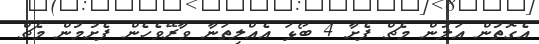
އެގޮތުން އަލުން މެޗް ފެށާ 4 ބޯޅަ އެއްލިތަނާ ވާރޭވެހެން ފެށުމުން މެޗް